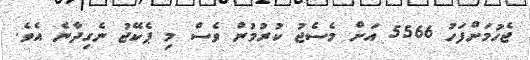
ޖެހުމަށްފަހު 5566 އަށް މެސެޖު ކުރުމުން ވެސް މި ޕެކޭޖު ނެގިދާނެ އެވެ.